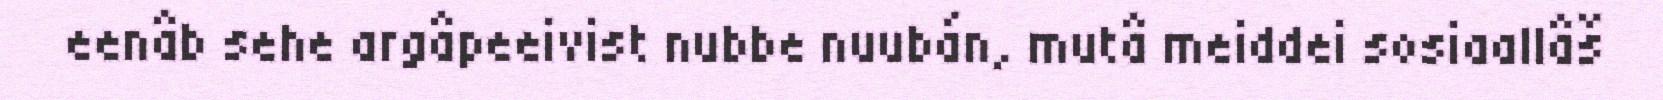
eenâb sehe argâpeeivist nubbe nuubán, mutâ meiddei sosiaallâš